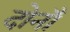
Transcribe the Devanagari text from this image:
दोनाँ